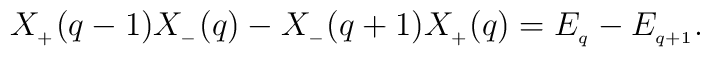
X_{_{+}}(q-1)X_{_{-}}(q)-X_{_{-}}(q+1)X_{_{+}}(q)=E_{_q}-E_{_{q+1}}.